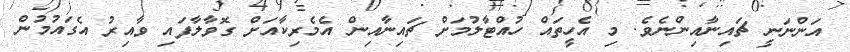
އަންނަނީ ޗައިނާއިންނެވެ. މި އެހީތައް ހުއްޓާލުމަށް ޗައިނާއިން އެމެރިކާއަށް ގޮވާލާފައި ވާއިރު އެގައުމުން